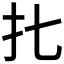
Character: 𰒷